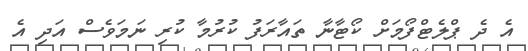
އެ ދެ ޕްލެޓްފޯމަށް ކޯޓާނާ ތައާރަފު ކުރުމާ ކުރި ނަމަވެސް އަދި އެ